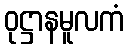
ဝုဋ္ဌာနမူလကံ